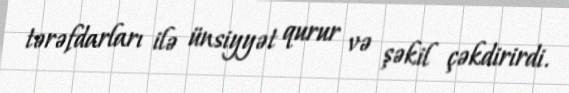
tərəfdarları ilə ünsiyyət qurur və şəkil çəkdirirdi.